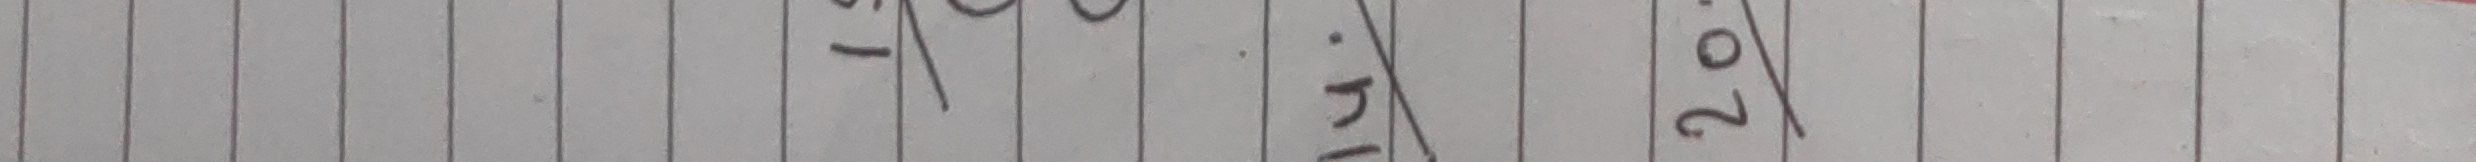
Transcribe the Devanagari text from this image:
१/पी.२०